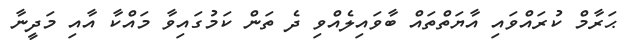
ޙަރާމް ކުރައްވައި އާޔަތްތައް ބާވައިލެއްވި ދެ ތަން ކަމުގައިވާ މައްކާ އާއި މަދީނާ